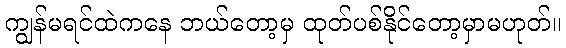
ကျွန်မရင်ထဲကနေ ဘယ်တော့မှ ထုတ်ပစ်နိုင်တော့မှာမဟုတ်။